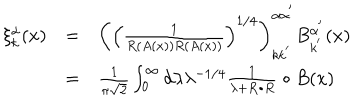
LaTeX: \begin{array} { c c l } { { \xi _ { k } ^ { \alpha } ( x ) } } & { { = } } & { { \left( \left( \frac 1 { R \left( A ( x ) \right) R \left( A ( x ) \right) } \right) ^ { 1 / 4 } \right) _ { k k ^ { ^ { \prime } } } ^ { \alpha \alpha ^ { ^ { \prime } } } B _ { k ^ { ^ { \prime } } } ^ { \alpha ^ { ^ { \prime } } } ( x ) } } \\ { { } } & { { = } } & { { \frac 1 { \pi \sqrt { 2 } } \int _ { 0 } ^ { \infty } d \lambda \lambda ^ { - 1 / 4 } \frac 1 { \lambda + R \bullet R } \bullet B ( x ) } } \\ \end{array}